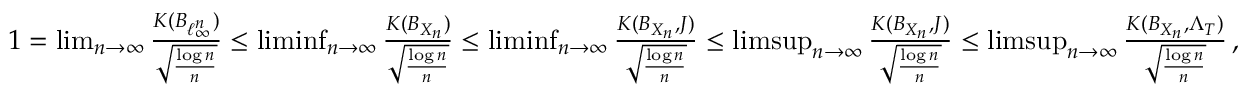
\begin{array} { r } { 1 = \operatorname* { l i m } _ { n \to \infty } \frac { K ( B _ { \ell _ { \infty } ^ { n } } ) } { \sqrt { \frac { \log n } { n } } } \leq \operatorname* { l i m i n f } _ { n \to \infty } \frac { K ( B _ { X _ { n } } ) } { \sqrt { \frac { \log n } { n } } } \leq \operatorname* { l i m i n f } _ { n \to \infty } \frac { K ( B _ { X _ { n } } , J ) } { \sqrt { \frac { \log n } { n } } } \leq \operatorname* { l i m s u p } _ { n \to \infty } \frac { K ( B _ { X _ { n } } , J ) } { \sqrt { \frac { \log n } { n } } } \leq \operatorname* { l i m s u p } _ { n \to \infty } \frac { K ( B _ { X _ { n } } , \Lambda _ { T } ) } { \sqrt { \frac { \log n } { n } } } \, , } \end{array}